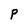
Character: p